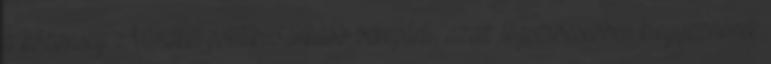
a közönség. Mindkét politikus inkább békepárti, azaz legszívesebben kiegyeznének